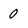
Character: 0